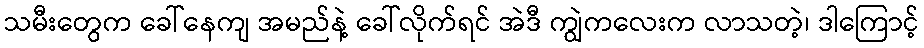
သမီးတွေက ခေါ်နေကျ အမည်နဲ့ ခေါ်လိုက်ရင် အဲဒီ ကျွဲကလေးက လာသတဲ့၊ ဒါကြောင့်